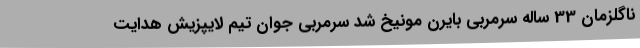
ناگلزمان 33 ساله سرمربی بایرن مونیخ شد سرمربی جوان تیم لایپزیش هدایت